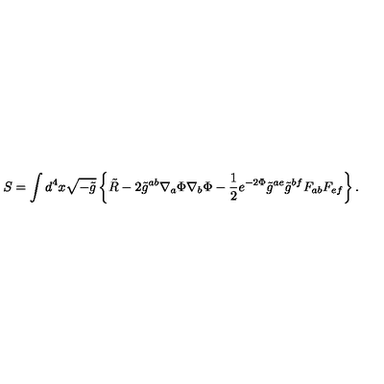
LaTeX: S = \int d ^ { 4 } x \sqrt { - \tilde { g } } \left\{ \tilde { R } - 2 \tilde { g } ^ { a b } \nabla _ { a } \Phi \nabla _ { b } \Phi - { \frac { 1 } { 2 } } e ^ { - 2 \Phi } \tilde { g } ^ { a e } \tilde { g } ^ { b f } F _ { a b } F _ { e f } \right\} .